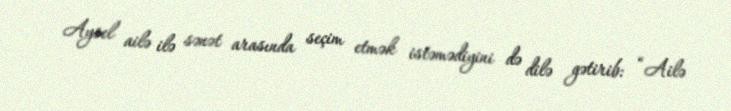
Aysel ailə ilə sənət arasında seçim etmək istəmədiyini də dilə gətirib: “Ailə